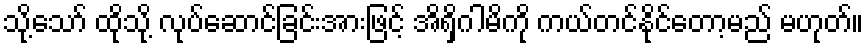
သို့သော် ထိုသို့ လုပ်ဆောင်ခြင်းအားဖြင့် အိရှိဂါမိကို ကယ်တင်နိုင်တော့မည် မဟုတ်။